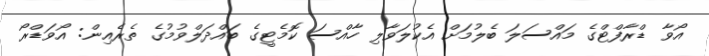
އޯވާ ޑްރާފްޓްގެ މައްސަލަ ބެލުމަށް އެކުލަވާލި ހާއްސަ ކޮމެޓީގެ ބައްދަލްވުމުގެ ތެރެއިން: އޯވަޑްރޯ